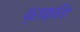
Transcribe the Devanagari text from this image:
प्राक्रित